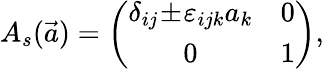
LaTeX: A_{s}(\vec{a})=\left(\begin{array}{cc}{{\delta_{ij}\! \pm\! \varepsilon_{ijk}a_{k}}}&{{0}}\\ {{0}}&{{1}}\end{array}\right),